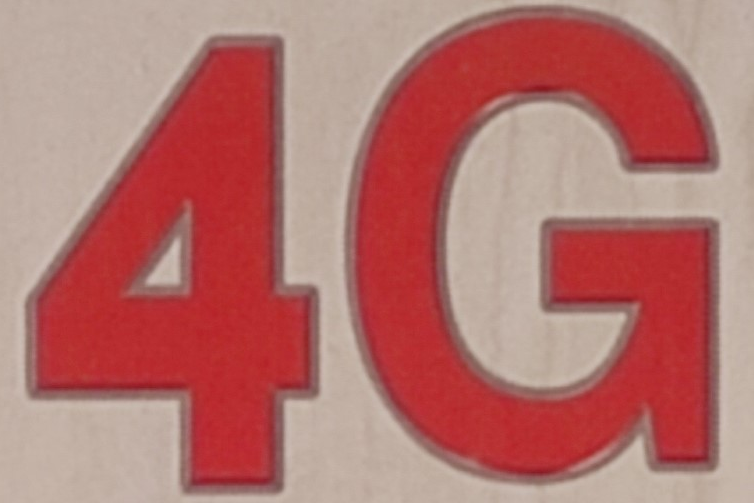
4G